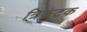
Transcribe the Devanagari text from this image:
त्रिकंटक